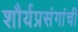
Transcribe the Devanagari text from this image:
शौर्यप्रसंगांची